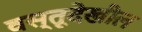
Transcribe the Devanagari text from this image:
वस्तूदेखील